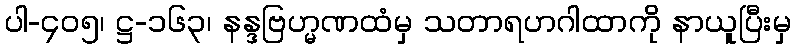
ပါ-၄၀၅၊ ဋ္ဌ-၁၆၃၊ နန္ဒဗြဟ္မဏထံမှ သတာရဟဂါထာကို နာယူပြီးမှ